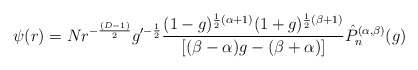
\begin{align*}\psi(r)=Nr^{-\frac{(D-1)}{2}}g^{\prime-\frac{1}{2}}\frac{(1-g)^{\frac{1}{2}(\alpha+1)}(1+g)^{\frac{1}{2}(\beta+1)}}{[(\beta-\alpha)g-(\beta+\alpha)]}\hat{P}_n^{(\alpha, \beta)}(g)\end{align*}